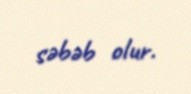
səbəb olur.